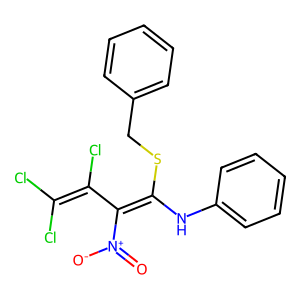
SMILES: O=[N+]([O-])C(=C(Nc1ccccc1)SCc1ccccc1)C(Cl)=C(Cl)Cl
Inhibits HIV replication: No